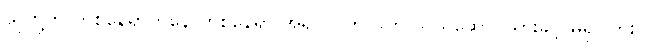
သူတို့ကို တစ်နေရာကနေ တစ်နေရာ အရှင်လတ်လတ် သယ်ဆောင်သွားခွင့် မရှိပါဘူး။